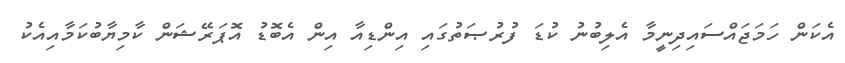
އެކަން ހަމަޖައްސައިދިނީމާ އެލިބުނު ކުޑަ ފުރުޞަތުގައި އިންޑިއާ އިން އެބޮޑު އޮޕަރޭޝަން ކާމިޔާބުކަމާއިއެކު